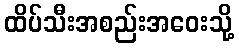
ထိပ်သီးအစည်းအဝေးသို့